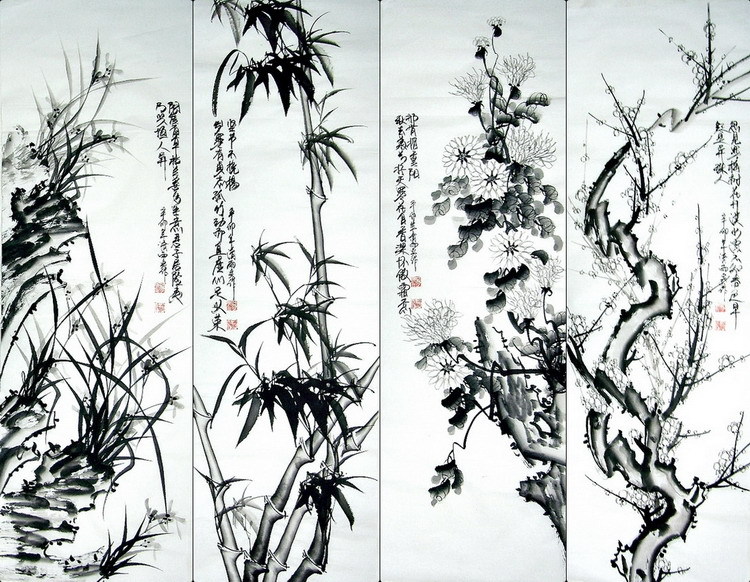
犹喜闰前霜未下，菊边依旧舞身轻。